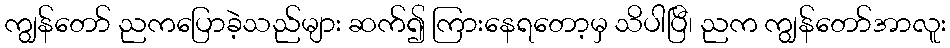
ကျွန်တော် ညကပြောခဲ့သည်များ ဆက်၍ ကြားနေရတော့မှ သိပါပြီ၊ ညက ကျွန်တော်အာလူး